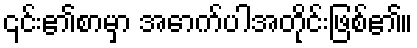
၎င်း၏စာမှာ အောက်ပါအတိုင်းဖြစ်၏။